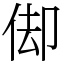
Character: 㑢